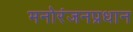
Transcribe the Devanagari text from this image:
मनोरंजनप्रधान